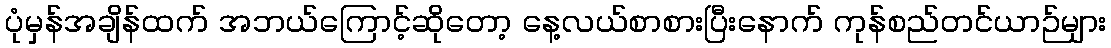
ပုံမှန်အချိန်ထက် အဘယ်ကြောင့်ဆိုတော့ နေ့လယ်စာစားပြီးနောက် ကုန်စည်တင်ယာဉ်များ